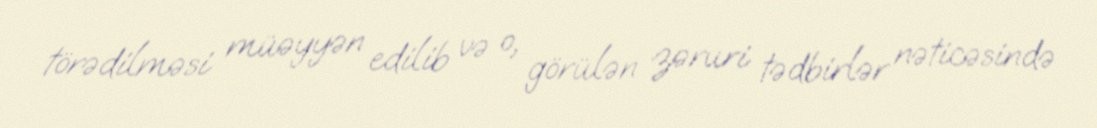
törədilməsi müəyyən edilib və o, görülən zəruri tədbirlər nəticəsində